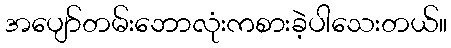
အပျော်တမ်းဘောလုံးကစားခဲ့ပါသေးတယ်။